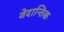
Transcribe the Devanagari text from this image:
वेदान्तिक